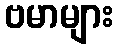
ဗမာများ